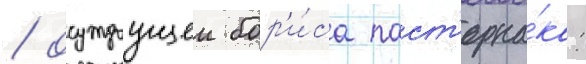
/ осуждаущеи бор'и́са паст'ерна́ка: